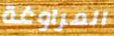
المراوغة